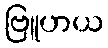
ဗြူဟယ